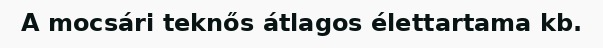
A mocsári teknős átlagos élettartama kb.